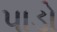
પાડો